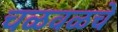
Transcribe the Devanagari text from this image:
चळवळचे